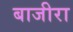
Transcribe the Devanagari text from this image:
बाजीरा